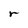
Character: r